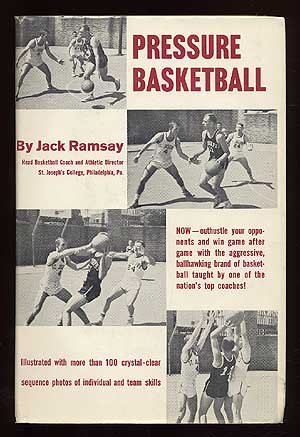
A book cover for Pressure basketball; Jack Ramsay; Sports & Outdoors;